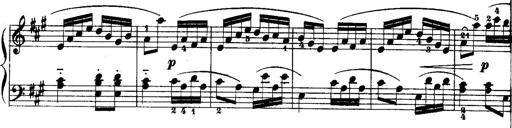
Title: Rondos and Sonatinas for Pianoforte
Composer: Daniel Steibelt